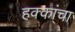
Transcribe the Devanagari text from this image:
हक्‍कांचा